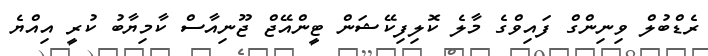
ރެޑްބުލް ވިނިންގް ފައިވްގެ މާލެ ކޮލިފިކޭޝަން ޓީންއޭޖް ޖޫނިއާސް ކާމިޔާބު ކުރީ އިއްޔެ